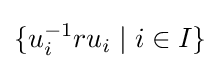
\{u_{i}^{-1}ru_{i}\mid i\in I\}